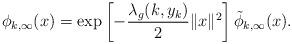
LaTeX: \begin{align*}\phi{}_{k,\infty}(x)=\exp\left[-\frac{\lambda_{g}(k,y_{k})}{2}\|x\|^{2}\right]\tilde{\phi}_{k,\infty}(x).\end{align*}